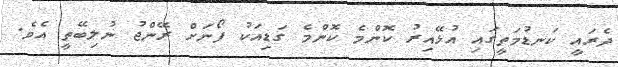
ދެރައީ ކަނޑުމަތީގައި އުޅޭއިރު ކޮންމެ ކޮންމެ ގަޑިއަކު ފޯނަށް ރޭންޖު ނުލިބޭތީ އެވެ.